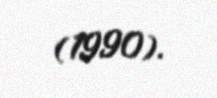
(1990).